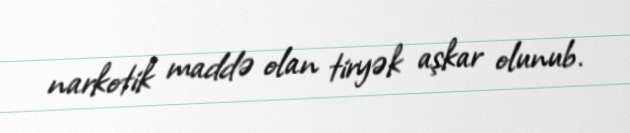
narkotik maddə olan tiryək aşkar olunub.